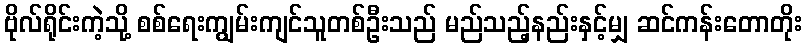
ဗိုလ်ရိုင်းကဲ့သို့ စစ်ရေးကျွမ်းကျင်သူတစ်ဦးသည် မည်သည့်နည်းနှင့်မျှ ဆင်ကန်းတောတိုး